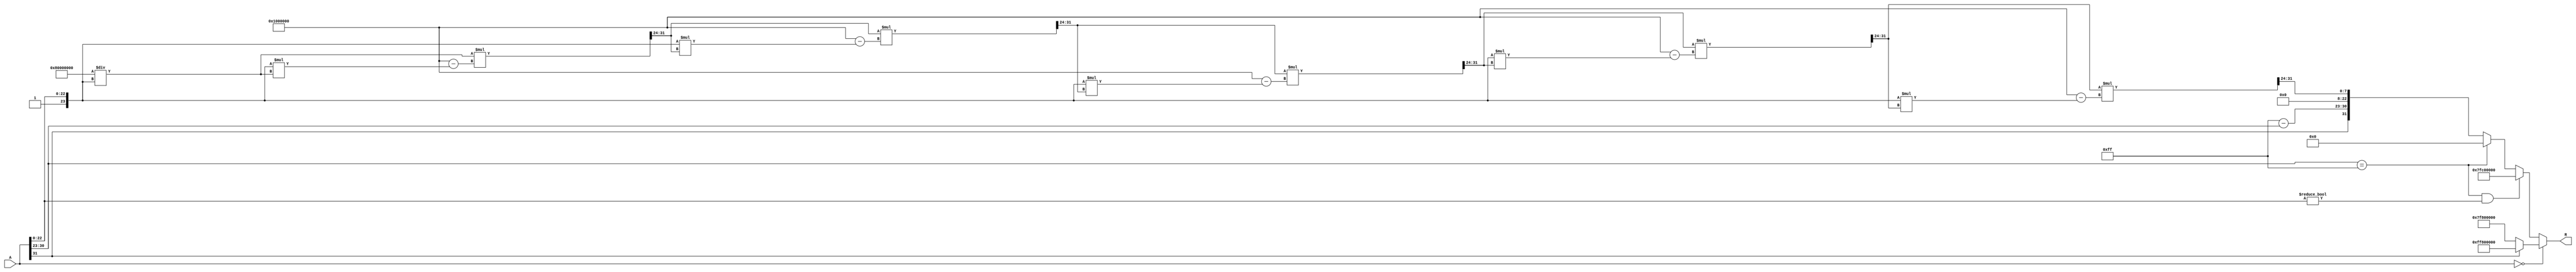
module floating_point_reciprocal (
    input  [31:0] A,  // Input: 32-bit IEEE 754 floating-point number
    output reg [31:0] R // Output: 32-bit IEEE 754 reciprocal
);

    // Internal signals
    reg [7:0] E_A;      // Exponent
    reg [22:0] M_A;     // Mantissa
    reg S_A;            // Sign bit
    reg [23:0] M;       // Normalized mantissa with implicit leading 1
    reg [7:0] E_R;      // Exponent for result
    reg S_R;            // Sign bit for result
    reg [31:0] approx;  // Initial approximation of the reciprocal
    reg [31:0] temp;    // Temporary variable for iterations
    integer i;

    // Constants
    parameter ZERO = 32'h00000000;
    parameter INF_POS = 32'h7F800000; // Positive Infinity
    parameter INF_NEG = 32'hFF800000; // Negative Infinity
    parameter NaN = 32'h7FC00000;      // Not a Number

    always @(*) begin
        // Decompose input A
        S_A = A[31];
        E_A = A[30:23];
        M_A = A[22:0];

        // Handle special cases
        if (A == ZERO) begin
            // If A is zero, return infinity with the same sign
            R = S_A ? INF_NEG : INF_POS;
        end else if (E_A == 8'hFF && M_A != 23'h0) begin
            // If A is NaN, propagate NaN
            R = NaN;
        end else if (E_A == 8'hFF) begin
            // If A is infinity, return zero with the same sign
            R = ZERO;
        end else begin
            // Normalize mantissa
            M = {1'b1, M_A}; // Add implicit leading 1
            E_R = 255 - E_A; // Exponent for reciprocal
            
            // Initial approximation using a simple method (could be improved)
            approx = (M[23:0] == 24'h0) ? 32'h0 : (32'h80000000 / M[23:0]);

            // Newton-Raphson iterations for refinement
            for (i = 0; i < 5; i = i + 1) begin
                temp = approx;
                approx = approx * (2**24 - M * approx) >> 24; // x_new = x_old * (2 - x_old * M)
            end

            // Rebuild the output
            R = {S_A, E_R, approx[22:0]}; // Result sign, exponent, mantissa
        end
    end

endmodule